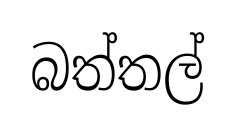
බත්තල්